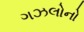
ગઝલોનો